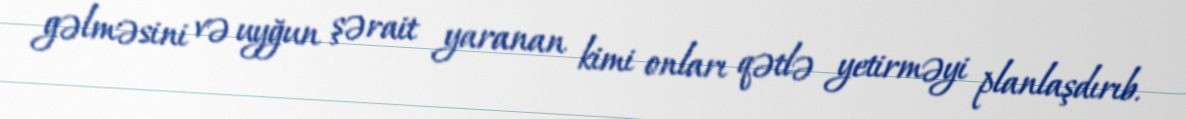
gəlməsini və uyğun şərait yaranan kimi onları qətlə yetirməyi planlaşdırıb.